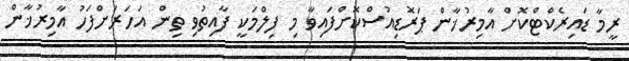
ރީމާ ޑައިރެކްޓްކޮށް އާމިރުޚާން ޕަރޮޑިއުސްކޮށްފައިވާ މި ފިލްމަކީ ފާއިތުވި ތިން އަހަރަށްފަހު އާމިރުޚާން